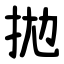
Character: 拋